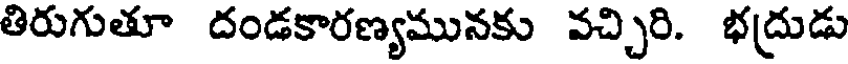
తిరుగుతూ దండకారణ్యమునకు వచ్చిరి. భద్రుడు